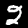
Digit: 2